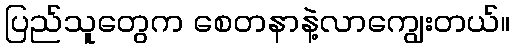
ပြည်သူတွေက စေတနာနဲ့လာကျွေးတယ်။